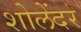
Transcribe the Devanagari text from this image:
शोलेंदर